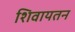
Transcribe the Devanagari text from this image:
शिवायतन